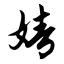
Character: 婧